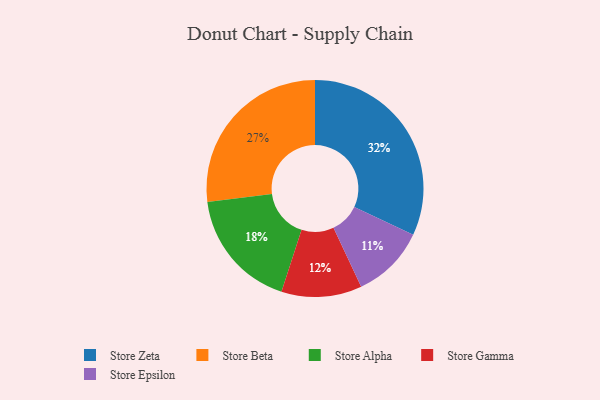
{"axis": {"x": "Category", "y": "Percentage"}, "legend": ["Store Alpha", "Store Beta", "Store Epsilon", "Store Gamma", "Store Zeta"], "data": [{"x": "Store Epsilon", "y": 11, "type": "Store Epsilon"}, {"x": "Store Beta", "y": 27, "type": "Store Beta"}, {"x": "Store Alpha", "y": 18, "type": "Store Alpha"}, {"x": "Store Gamma", "y": 12, "type": "Store Gamma"}, {"x": "Store Zeta", "y": 32, "type": "Store Zeta"}]}